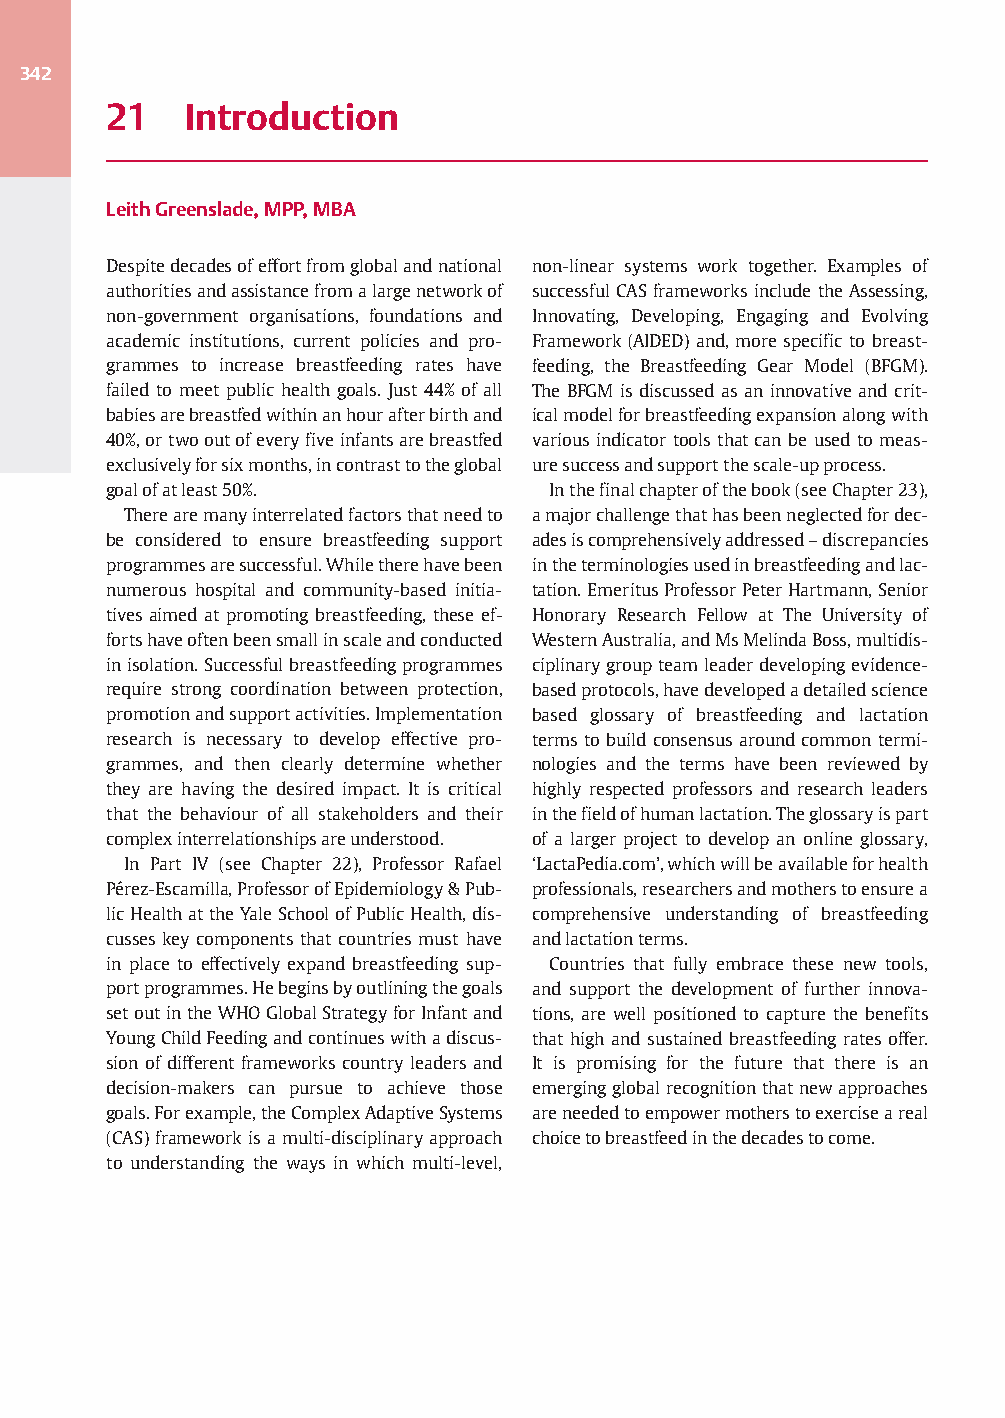
342
 21    Introduction
 LeithGreenslade,MPP,MBA
 Despitedecadesofeffortfromglobalandnational non-linear systems work together. Examples of
 authoritiesandassistancefromalargenetworkof successful CAS frameworksincludethe Assessing,
 non-government organisations, foundations and Innovating, Developing, Engaging and Evolving
 academic institutions, current policies and pro- Framework (AIDED) and, more specific to breast-
 grammes to increase breastfeeding rates have feeding, the Breastfeeding Gear Model (BFGM).
 failed to meet public health goals. Just 44% of all The BFGM is discussed as an innovative and crit-
 babiesarebreastfedwithinanhourafterbirthand icalmodelforbreastfeedingexpansionalongwith
 40%,ortwooutofeveryfiveinfantsarebreastfed various indicator tools that can be used to meas-
 exclusivelyforsixmonths,incontrasttotheglobal uresuccessandsupportthescale-upprocess.
 goalofatleast50%.             Inthefinalchapterofthebook(seeChapter23),
 Therearemanyinterrelatedfactorsthatneedto amajorchallengethathasbeenneglectedfordec-
 be considered to ensure breastfeeding support adesiscomprehensivelyaddressed–discrepancies
 programmesaresuccessful.Whiletherehavebeen intheterminologiesusedinbreastfeedingandlac-
 numerous hospital and community-based initia- tation.EmeritusProfessorPeterHartmann,Senior
 tives aimed at promoting breastfeeding, these ef- Honorary Research Fellow at The University of
 fortshaveoftenbeensmallinscaleandconducted WesternAustralia,andMsMelindaBoss,multidis-
 inisolation.Successfulbreastfeedingprogrammes ciplinarygroupteamleaderdevelopingevidence-
 require strong coordination between protection, basedprotocols,havedevelopedadetailedscience
 promotionandsupportactivities.Implementation based glossary of breastfeeding and lactation
 research is necessary to develop effective pro- terms to build consensus around common termi-
 grammes, and then clearly determine whether nologies and the terms have been reviewed by
 they are having the desired impact. It is critical highly respected professors and research leaders
 that the behaviour of all stakeholders and their inthefieldofhumanlactation.Theglossaryispart
 complexinterrelationshipsareunderstood. of a larger project to develop an online glossary,
 In Part IV (see Chapter 22), Professor Rafael ‘LactaPedia.com’,whichwillbeavailableforhealth
 Pérez-Escamilla,ProfessorofEpidemiology&Pub- professionals,researchersandmotherstoensurea
 licHealthattheYaleSchoolofPublicHealth,dis- comprehensive understanding of breastfeeding
 cusses key components that countries must have andlactationterms.
 in place to effectively expand breastfeeding sup- Countries that fully embrace these new tools,
 portprogrammes.Hebeginsbyoutliningthegoals and support the development of further innova-
 setoutintheWHOGlobalStrategyforInfantand tions, are well positioned to capture the benefits
 YoungChildFeedingandcontinueswithadiscus- that high and sustained breastfeeding rates offer.
 sion of different frameworks country leaders and It is promising for the future that there is an
 decision-makers can pursue to achieve those emergingglobalrecognitionthatnewapproaches
 goals.Forexample,theComplexAdaptiveSystems areneededtoempowermotherstoexerciseareal
 (CAS)frameworkisamulti-disciplinaryapproach choicetobreastfeedinthedecadestocome.
 to understanding the ways in which multi-level,